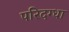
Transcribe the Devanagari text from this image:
परिदग्धा